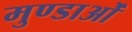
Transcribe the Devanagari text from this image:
मुण्डाओं